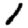
Digit: 1